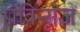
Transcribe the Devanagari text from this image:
प्राॅविन्सेज़